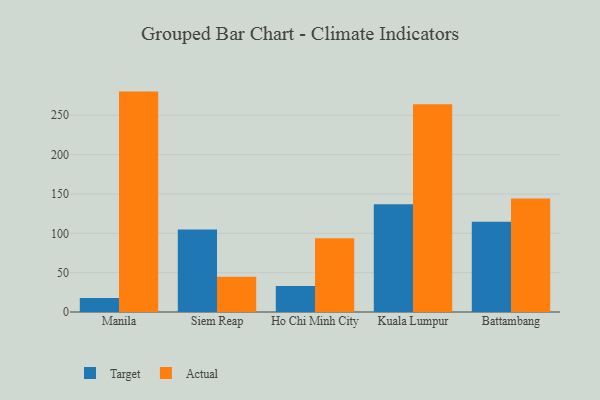
{"axis": {"x": "City", "y": "Market Share (%)"}, "legend": ["Actual", "Target"], "data": [{"x": "Manila", "y": 17.9, "type": "Target"}, {"x": "Manila", "y": 280.1, "type": "Actual"}, {"x": "Siem Reap", "y": 104.7, "type": "Target"}, {"x": "Siem Reap", "y": 44.8, "type": "Actual"}, {"x": "Ho Chi Minh City", "y": 32.9, "type": "Target"}, {"x": "Ho Chi Minh City", "y": 93.6, "type": "Actual"}, {"x": "Kuala Lumpur", "y": 137.0, "type": "Target"}, {"x": "Kuala Lumpur", "y": 264.1, "type": "Actual"}, {"x": "Battambang", "y": 114.6, "type": "Target"}, {"x": "Battambang", "y": 144.2, "type": "Actual"}]}